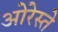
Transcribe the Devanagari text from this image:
ओरेस्ते